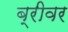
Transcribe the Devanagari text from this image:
ब्रीवर